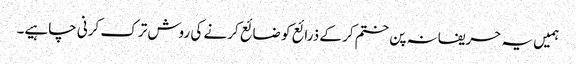
ہمیں یہ حریفانہ پن ختم کر کے ذرائع کو ضائع کرنے کی روش ترک کرنی چاہیے۔